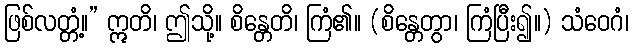
ဖြစ်လတ္တံ့။” ဣတိ၊ ဤသို့။ စိန္တေတိ၊ ကြံ၏။ (စိန္တေတွာ၊ ကြံပြီး၍။) သံဝေဂံ၊